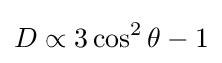
D\propto 3\cos ^{2}\theta -1